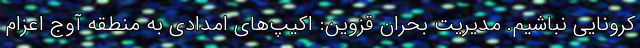
کرونایی نباشیم. مدیریت بحران قزوین: اکیپ‌های امدادی به منطقه آوج اعزام